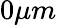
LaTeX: {0}{\mu m}